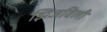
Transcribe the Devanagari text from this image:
झिजविली